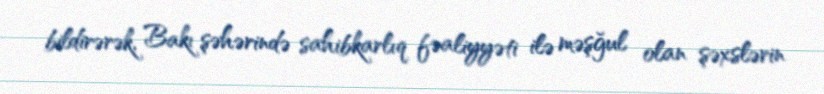
bildirərək, Bakı şəhərində sahibkarlıq fəaliyyəti ilə məşğul olan şəxslərin